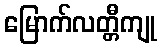
မြောက်လတ္တီကျု